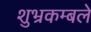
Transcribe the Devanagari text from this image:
शुभ्रकम्बले